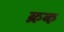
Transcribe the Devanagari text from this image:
क्रक